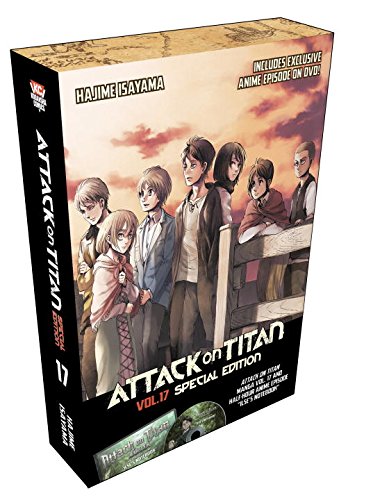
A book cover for Attack on Titan 17 Special Edition w/DVD; Hajime Isayama; Comics & Graphic Novels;